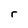
Character: r